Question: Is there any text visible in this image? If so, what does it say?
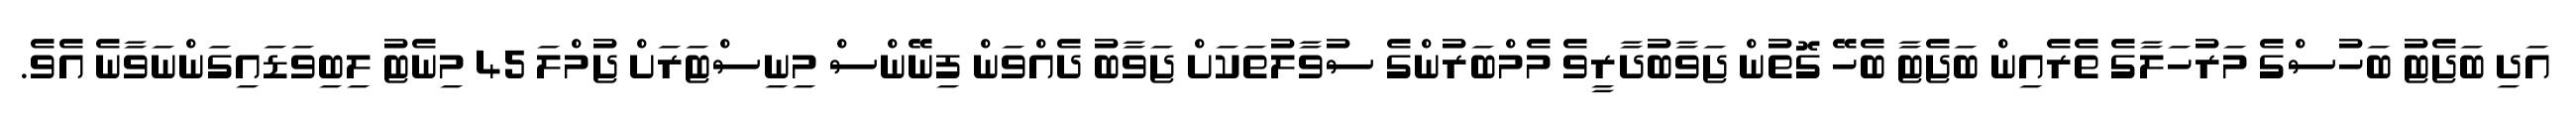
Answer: އަދި ބަޖެޓު ބަހުސްގެ މަރުހަލާގެ ތެރެއިން ބަޖެޓާ ބެހޭ ގޮތުން ޖަވާބުދާރީވެ މެމްބަރުންގެ ސުވާލުތަކަށް ޖަވާބު ދެއްވަން ފިނޭންސް މިނިސްޓަރަށް ޖުމްލަ 45 މިނެޓު ލިބިވަޑައިގަންނަވާނެ އެވެ.